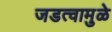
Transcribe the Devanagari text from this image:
जडत्वामुळे